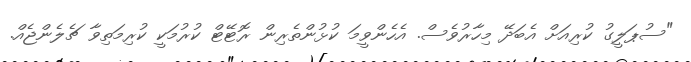
"ސުޕަލީގު ކުރިއަށް އެބަދޭ މިހާރުވެސް. އެހެންވީމަ ކުޅުންތެރިން ރޮޓޭޓް ކުރުމަކީ ކުރިމަތިވާ ޗެލެންޖެއް.